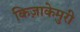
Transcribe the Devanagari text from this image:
किज़ाकेमुरी